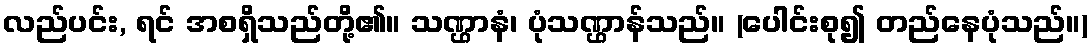
လည်ပင်း, ရင် အစရှိသည်တို့၏။ သဏ္ဌာနံ၊ ပုံသဏ္ဌာန်သည်။ (ပေါင်းစု၍ တည်နေပုံသည်။)